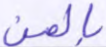
بالمن